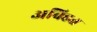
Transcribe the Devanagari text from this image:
अविहत